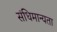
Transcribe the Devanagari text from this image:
संधिमान्यता